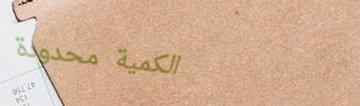
الكمية محدودة